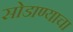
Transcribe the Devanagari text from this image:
सोडाण्याचा